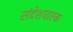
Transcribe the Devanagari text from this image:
संदेशधारक